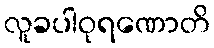
လူခပါဝုရဏောတိ